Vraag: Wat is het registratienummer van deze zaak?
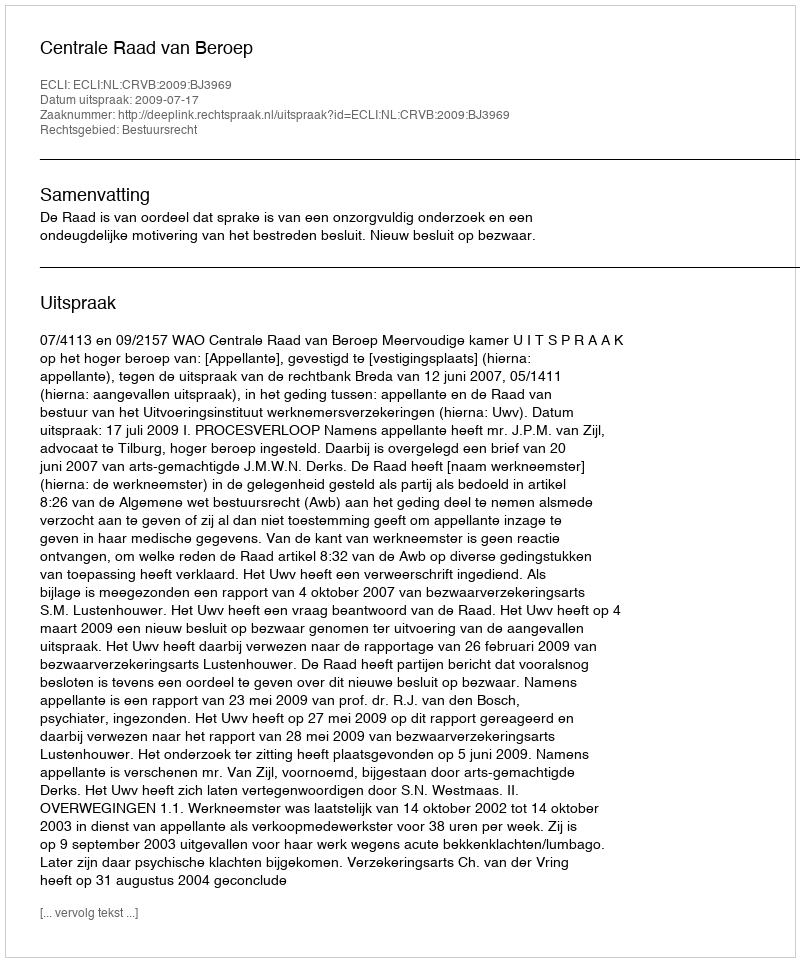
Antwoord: http://deeplink.rechtspraak.nl/uitspraak?id=ECLI:NL:CRVB:2009:BJ3969